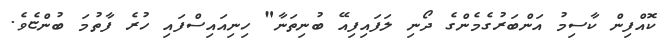
ކޮއްފިން ކާސިމު އަންބަރުގެމެންގެ ދޯނި ލަފައިފިއޭ ބުނިތަނާ" ހިނިއައިސްފައި ހުރެ ފާތުމަ ބުންޏެވެ.